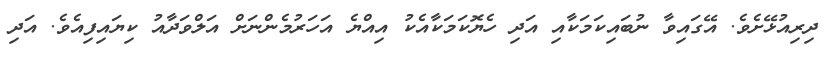
ދިރިއުޅޭށެވެ. އޭގައިވާ ނުބައިކަމަކާއި އަދި ހެޔޮކަމަކާއެކު އިއްޔެ އަހަރުމެންނަށް އަލްވަދާއު ކިޔައިފިއެވެ. އަދި